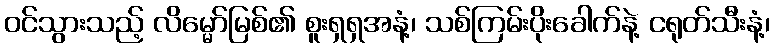
ဝင်သွားသည့် လိမ္မော်မြစ်၏ စူးရှရှအနံ့၊ သစ်ကြမ်းပိုးခေါက်နဲ့ ငရုတ်သီးနံ့၊